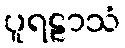
ပူရဠာသံ